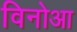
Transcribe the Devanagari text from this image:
विनोआ